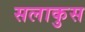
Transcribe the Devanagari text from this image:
सलाकुस